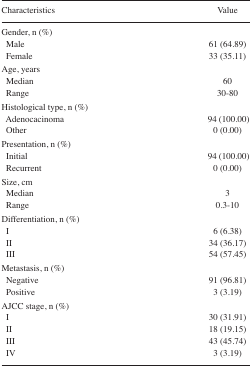
<table><thead><tr><td><b>Characteristics</b></td><td><b>Value</b></td></tr></thead><tbody><tr><td>Gender, n (%)</td><td></td></tr><tr><td>Male</td><td>61 (64.89)</td></tr><tr><td>Female</td><td>33 (35.11)</td></tr><tr><td>Age, years</td><td></td></tr><tr><td>Median</td><td>60</td></tr><tr><td>Range</td><td>30–80</td></tr><tr><td>Histological type, n (%)</td><td></td></tr><tr><td>Adenocacinoma</td><td>94 (100.00)</td></tr><tr><td>Other</td><td>0 (0.00)</td></tr><tr><td>Presentation, n (%)</td><td></td></tr><tr><td>Initial</td><td>94 (100.00)</td></tr><tr><td>Recurrent</td><td>0 (0.00)</td></tr><tr><td>Size, cm</td><td></td></tr><tr><td>Median</td><td>3</td></tr><tr><td>Range</td><td>0.3–10</td></tr><tr><td>Differentiation, n (%)</td><td></td></tr><tr><td>I</td><td>6 (6.38)</td></tr><tr><td>II</td><td>34 (36.17)</td></tr><tr><td>III</td><td>54 (57.45)</td></tr><tr><td>Metastasis, n (%)</td><td></td></tr><tr><td>Negative</td><td>91 (96.81)</td></tr><tr><td>Positive</td><td>3 (3.19)</td></tr><tr><td>AJCC stage, n (%)</td><td></td></tr><tr><td>I</td><td>30 (31.91)</td></tr><tr><td>II</td><td>18 (19.15)</td></tr><tr><td>III</td><td>43 (45.74)</td></tr><tr><td>IV</td><td>3 (3.19)</td></tr></tbody></table>